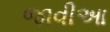
જાવીઆ